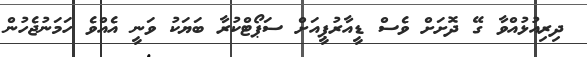
ދިރިއުޅުއްވާ ގޭ ދޮށަށް ވެސް ޑީއާރުޕީއަށް ސަޕޯޓްކުރާ ބަޔަކު ވަނީ އެއްވެ ހަމަނުޖެހުން